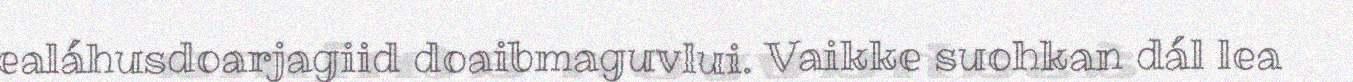
ealáhusdoarjagiid doaibmaguvlui. Vaikke suohkan dál lea